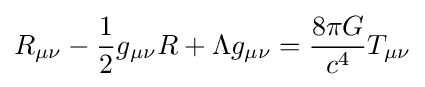
R_{\mu \nu }-{\frac {1}{2}}g_{\mu \nu }R+\Lambda g_{\mu \nu }={\frac {8\pi G}{c^{4}}}T_{\mu \nu }